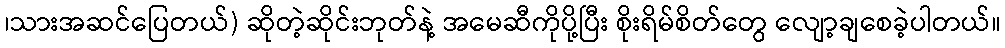
၊သားအဆင်ပြေတယ်) ဆိုတဲ့ဆိုင်းဘုတ်နဲ့ အမေဆီကိုပို့ပြီး စိုးရိမ်စိတ်တွေ လျော့ချစေခဲ့ပါတယ်။